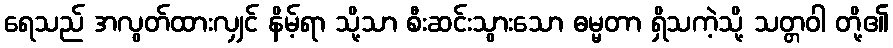
ရေသည် အလွတ်ထားလျှင် နိမ့်ရာ သို့သာ စီးဆင်းသွားသော ဓမ္မတာ ရှိသကဲ့သို့ သတ္တဝါ တို့၏